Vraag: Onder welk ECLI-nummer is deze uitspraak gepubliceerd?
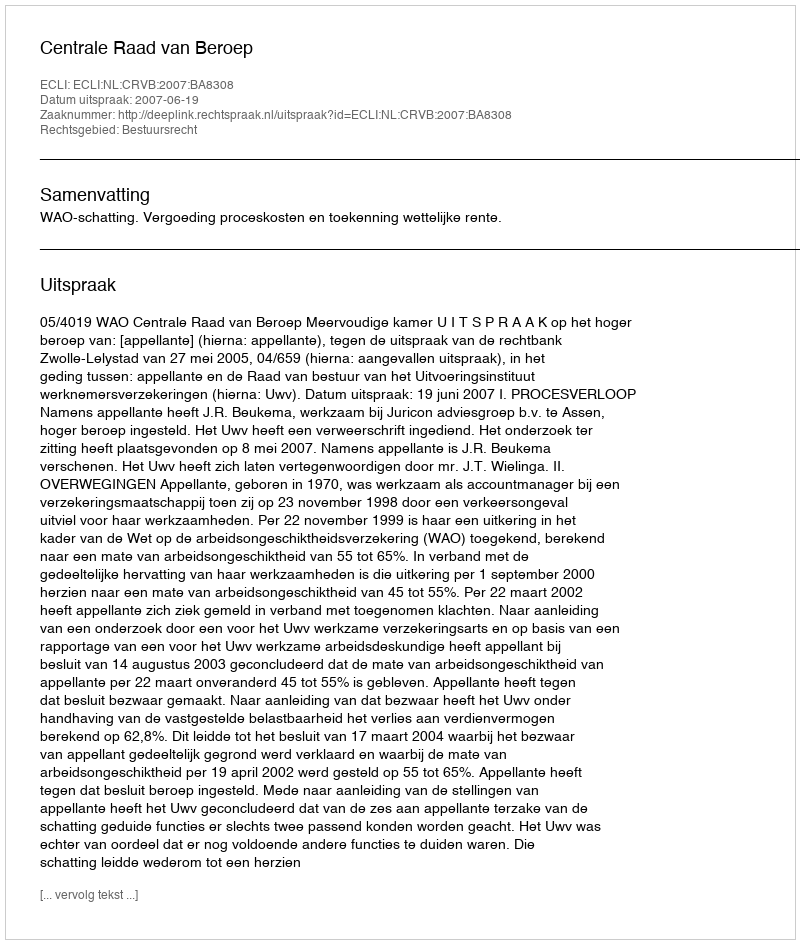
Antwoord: ECLI:NL:CRVB:2007:BA8308